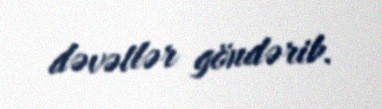
dəvətlər göndərib.